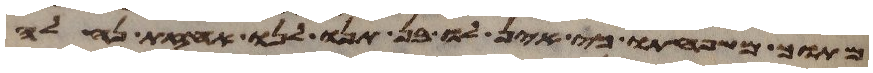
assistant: מתוך משפחתו כי אין לו בן תנו לנו אחזת נחלה